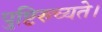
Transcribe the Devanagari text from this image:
पुष्टिरुच्यते।